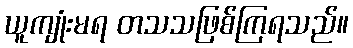
ယူကျုံးမရ တသသဖြစ်ကြရသည်။